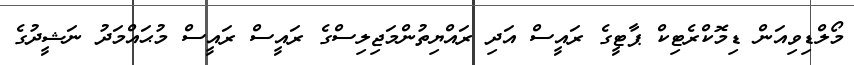
މޯލްޑިވިއަން ޑިމޮކްރެޓިކް ޕާޓީގެ ރައީސް އަދި ރައްޔިތުންމަޖިލިސްގެ ރައީސް ރައީސް މުޙައްމަދު ނަޝީދުގެ